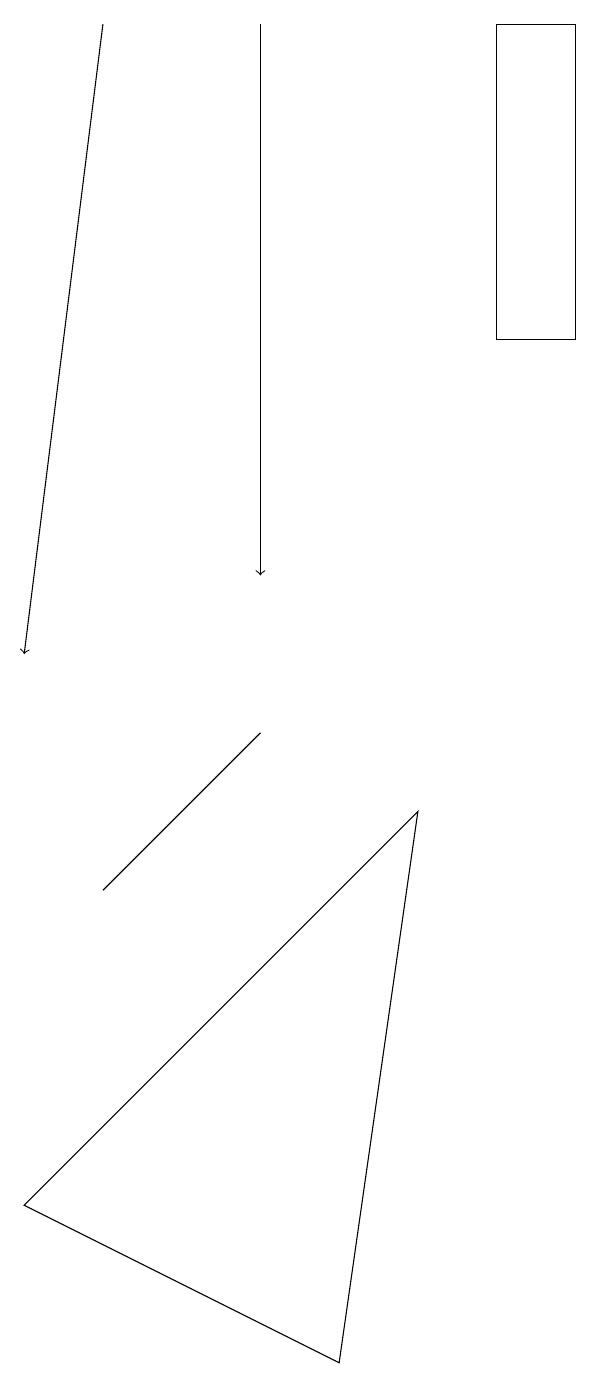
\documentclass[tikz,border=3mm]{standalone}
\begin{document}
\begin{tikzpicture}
\draw[->] (2,18) -- (1,10);
\draw (4,9) -- (2,7) -- (3,8) -- cycle;
\draw (7,18) rectangle (8,14);
\draw (6,8) -- (1,3) -- (5,1) -- cycle;
\draw[->] (4,18) -- (4,11);
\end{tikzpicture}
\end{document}